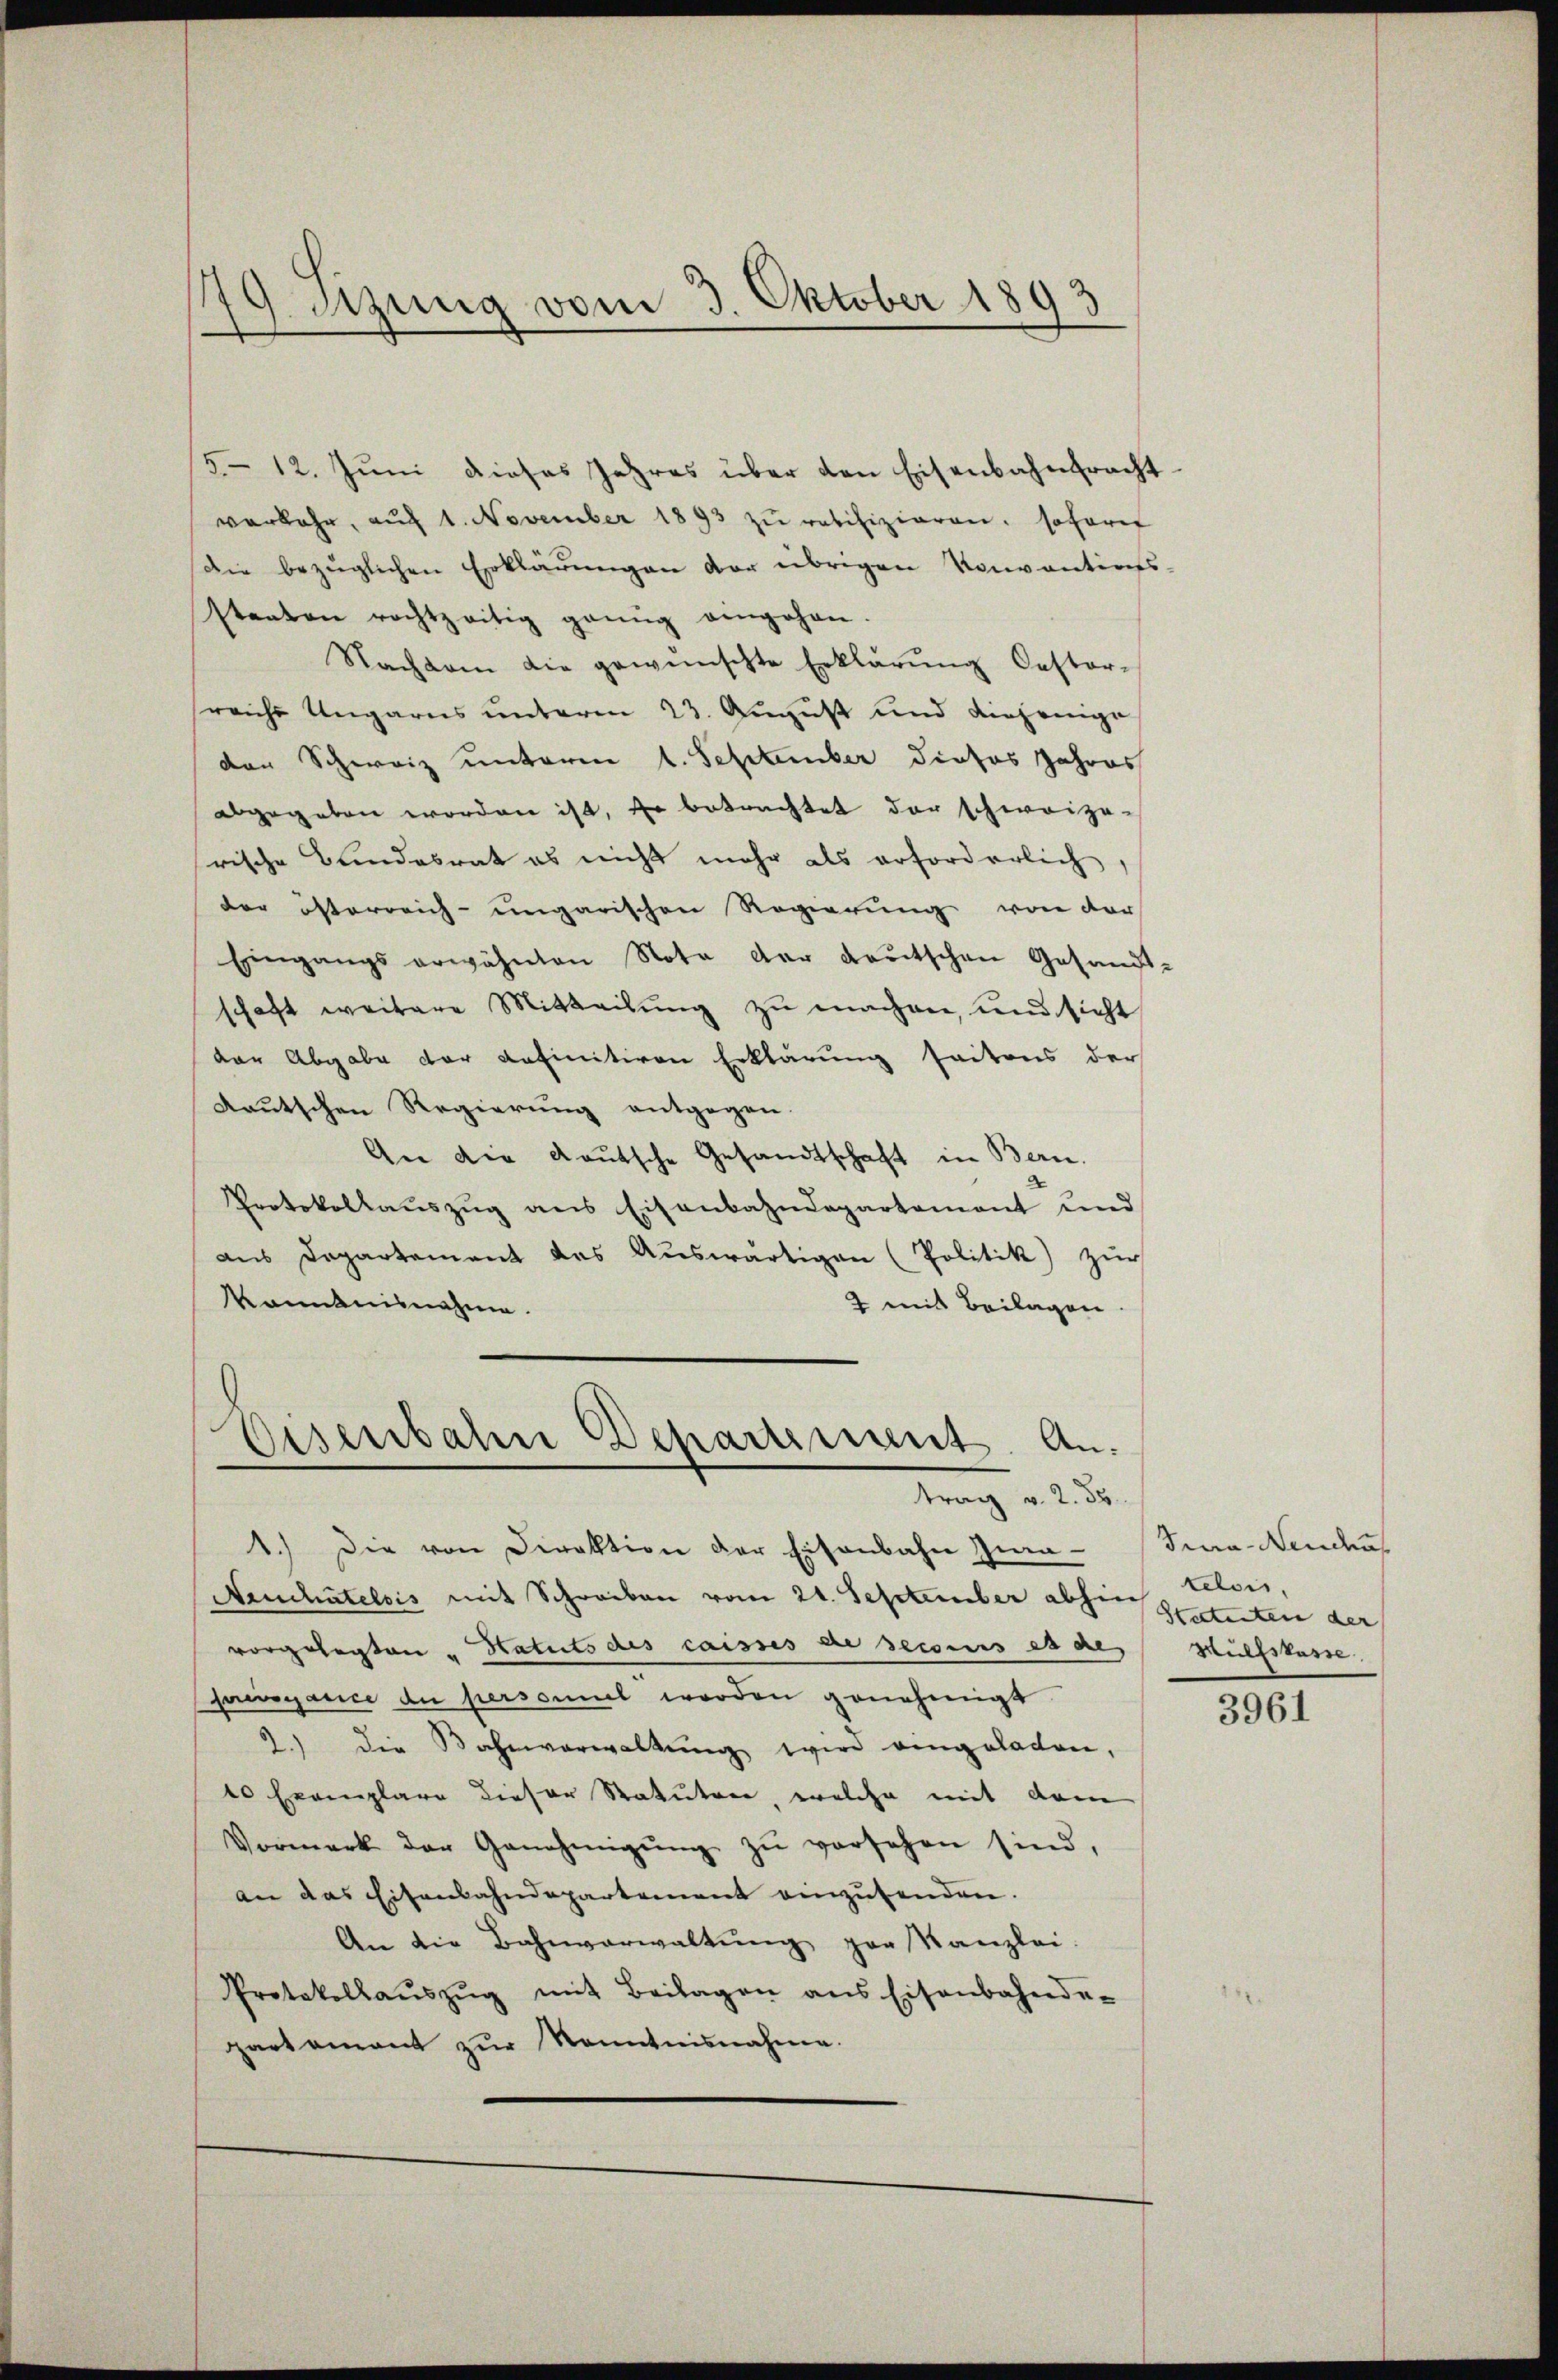
79 etzung vom 3. Oktober 1893

5-12. Jŭni dieses Jahres über den Eisenbahntracht
verkehr, aŭf 1. November 1893 zu ratifizieren. Sofarer
Die bezüglichen Erklärŭngen der übrigen Konventions-
staaten rechtzeitig genug angehen.
Nachdem die gewünschte Erklärŭng Oestor-
sreiche Ungarns unterm 23. August und diejenige
der Schweiz unterm 1. September dieses Jahres
abgegeben worden ist, so betrachtet der schweize-
rische Bundesrat es nicht mehr als erforderlich,
der österreich-ungarischen Regierung von der
Eingangs erwähnten Nota der dortschen Gesandt-
schaft weitere Mitteilung zu machen, und sicht
dar Abgabe der definitiven Erklärung seitens der
deutschen Regierung entgegen.
An die Kautsche Gesandtschaft in Bern.
Protokollaŭszŭg ans Eisenbahndepartement und
aus Departement das Aŭswärtigen (Politik) zur
kanntnisnahme.
2 mit Beilagen
Eisenbahn Departement. Antrag v. 2. 55
1.) Die von Direktion der Eisenbahn zua- (Tua-Nenden
Neuchâtelois mit Schreiben vom 21. September abhin gestenten der
vorgelegten „Hatuts des caisses de secours es des Hülfskasse
sawoyance de persomit worden genehmigt.
2.) Die Bahnverwaltŭng wird eingeladen,
10 Exemplare dieser Statuten welche mit dem
Vormerk der Genehmigŭng zŭ versehen sind,
an das Eisenbahndepartement einzusenden.
An die Bahnverwaltŭng par Kanzlei.
Protokollaŭszŭg mit Beilagen ans Eisenbahnde-
partement zŭr Kenntnisnahme.

telois.

3961